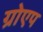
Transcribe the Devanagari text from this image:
ग्रोएप